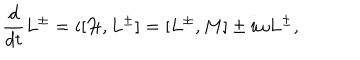
{ \frac { d } { d t } } { L ^ { \pm } } = i [ { \cal H } , L ^ { \pm } ] = [ L ^ { \pm } , { M } ] \pm i \omega L ^ { \pm } ,